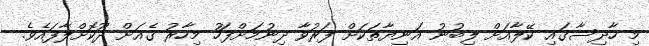
މި ހާދިސާގައި ކޭލާއަށް ލިބުނު އަނިޔާތަކަށް ފަރުވާ ދިނުމަށްފަހު މިހާރު ގެއަށް ދޫކޮށްލާފައެވެ.